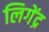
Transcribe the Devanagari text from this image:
लिगेंद्र